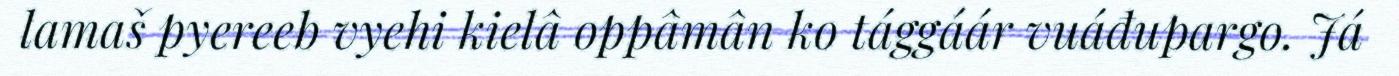
lamaš pyereeb vyehi kielâ oppâmân ko tággáár vuáđupargo. Já